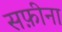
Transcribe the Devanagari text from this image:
सफ़ीना